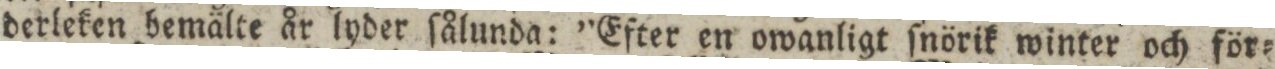
derleken bemälte år lyder ſålunda: ”Efter en owanligt ſnörik winter och för=